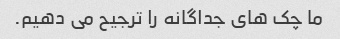
ما چک های جداگانه را ترجیح می دهیم.